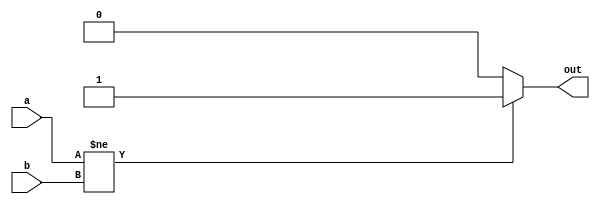
module xor_gate(a,b,out);
input a,b;
output reg out;

 always@(a,b) begin
 if(a!=b)
 out = 1'b1;
 else
 out = 1'b0;
 end

endmodule